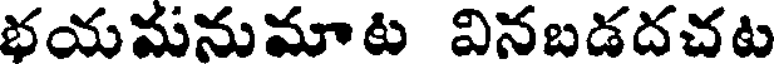
భయమనుమాట వినబడదచట